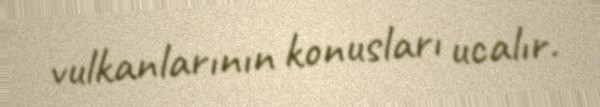
vulkanlarının konusları ucalır.